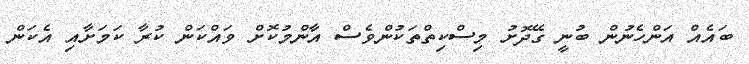
ބައެއް އަންހެނުން ބުނީ ގޭދޮށު މިސްކިތްތަކުންވެސް އާންމުކޮށް ވައްކަން ކުރާ ކަމަށާއި އެކަން